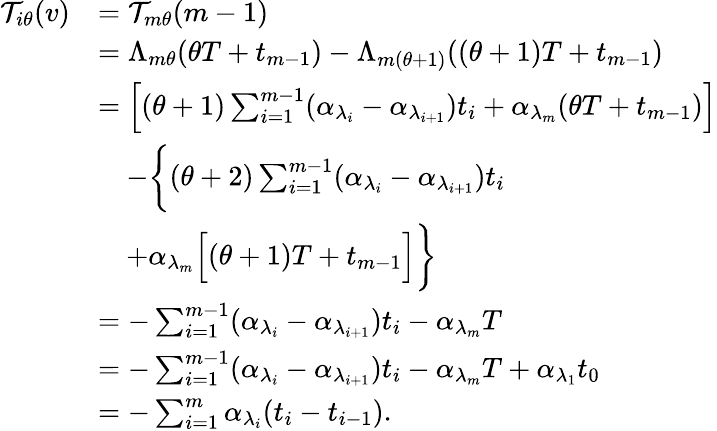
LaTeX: \begin{array}{rl}{\mathcal{T}_{i\theta}(v)}&{=\mathcal{T}_{m\theta}(m-1)}\\ &{=\Lambda_{m\theta}(\theta T+t_{m-1})-\Lambda_{m(\theta+1)}((\theta+1)T+t_{m-1})}\\ &{=\Big[(\theta+1)\sum_{i=1}^{m-1}(\alpha_{\lambda_{i}}-\alpha_{\lambda_{i+1}})t_{i}+\alpha_{\lambda_{m}}(\theta T+t_{m-1})\Big]}\\ &{\quad-\bigg\{ (\theta+2)\sum_{i=1}^{m-1}(\alpha_{\lambda_{i}}-\alpha_{\lambda_{i+1}})t_{i}}\\ &{\quad+\alpha_{\lambda_{m}}\Big[(\theta+1)T+t_{m-1}\Big]\bigg\} }\\ &{=-\sum_{i=1}^{m-1}(\alpha_{\lambda_{i}}-\alpha_{\lambda_{i+1}})t_{i}-\alpha_{\lambda_{m}}T}\\ &{=-\sum_{i=1}^{m-1}(\alpha_{\lambda_{i}}-\alpha_{\lambda_{i+1}})t_{i}-\alpha_{\lambda_{m}}T+\alpha_{\lambda_{1}}t_{0}}\\ &{=-\sum_{i=1}^{m}\alpha_{\lambda_{i}}(t_{i}-t_{i-1}).}\end{array}